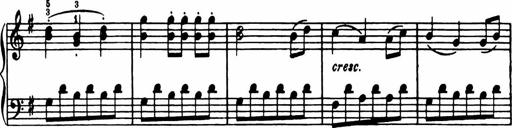
Title: Analytical Sonatinas
Composer: Frank Lynes